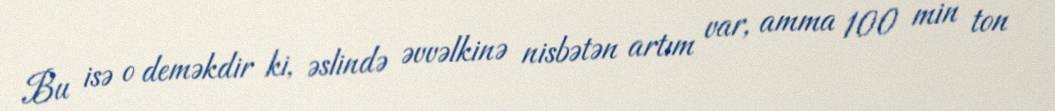
Bu isə o deməkdir ki, əslində əvvəlkinə nisbətən artım var, amma 100 min ton